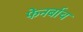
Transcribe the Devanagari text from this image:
फेनर्बाच